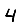
Digit: 4